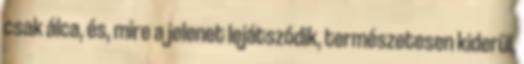
csak álca, és, mire a jelenet lejátszódik, természetesen kiderül,